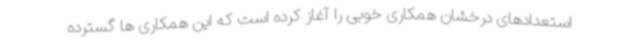
استعدادهای درخشان همکاری خوبی را آغاز کرده است که این همکاری ها گسترده